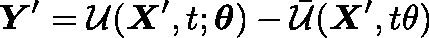
\mathbf { \boldsymbol { Y } } ^ { \prime } = \mathcal { U } ( \mathbf { \boldsymbol { X } } ^ { \prime } , t ; \mathbf { \boldsymbol { \theta } } ) - \bar { \mathcal { U } } ( \mathbf { \boldsymbol { X } } ^ { \prime } , t \theta )